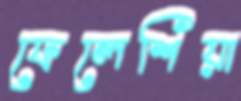
ফেলেশিয়া